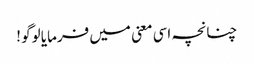
چنانچہ اسی معنی میں فرمایا لوگو !